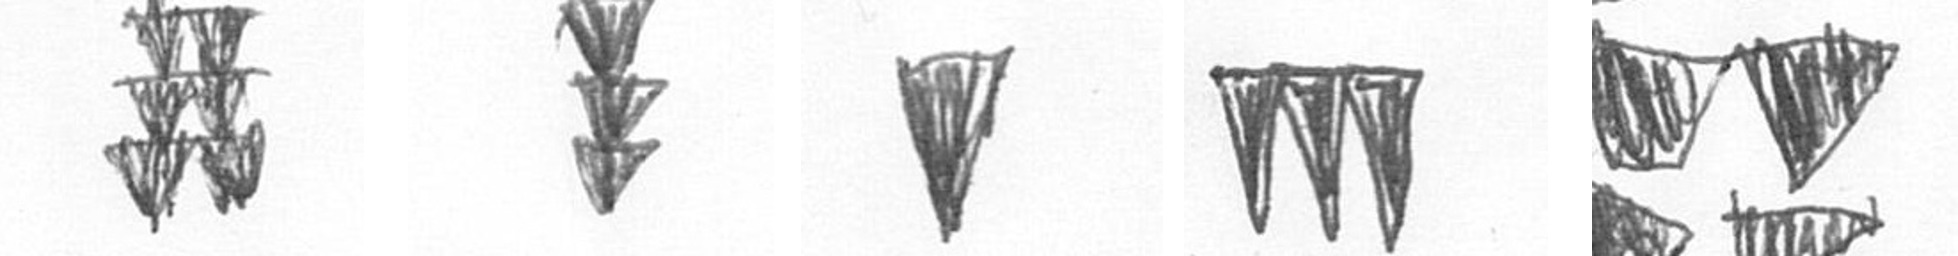
Y E J L B